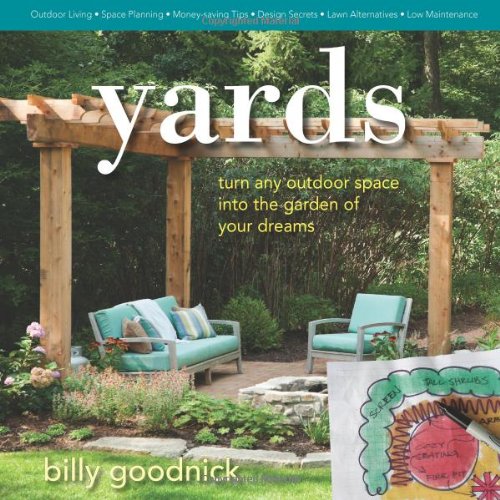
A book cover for Yards: Turn Any Outdoor Space into the Garden of Your Dreams; Billy Goodnick; Crafts, Hobbies & Home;